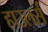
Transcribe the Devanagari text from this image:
हाउलर्स